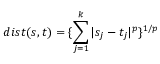
d i s t ( s , t ) = \{ \sum _ { j = 1 } ^ { k } | s _ { j } - t _ { j } | ^ { p } \} ^ { 1 / p }